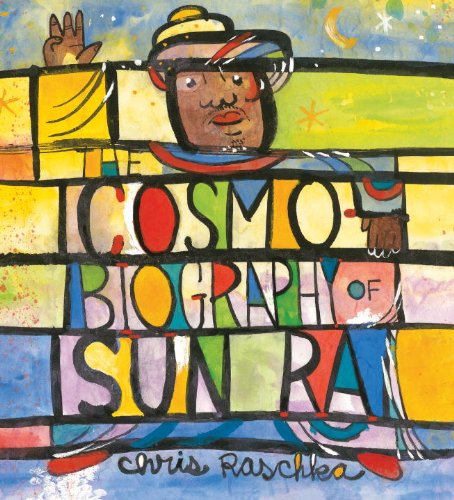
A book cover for The Cosmobiography of Sun Ra: The Sound of Joy Is Enlightening; Chris Raschka; Children's Books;